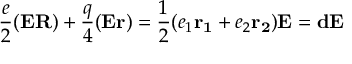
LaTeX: \frac e 2 ( { \bf E } { \bf R } ) + \frac q 4 ( { \bf E } { \bf r } ) = \frac 1 2 ( e _ { 1 } { \bf r _ { 1 } } + e _ { 2 } { \bf r _ { 2 } } ) { \bf E } = { \bf d } { \bf E }